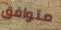
متوافق